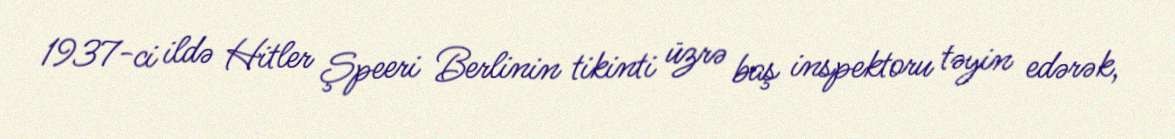
1937-ci ildə Hitler Şpeeri Berlinin tikinti üzrə baş inspektoru təyin edərək,